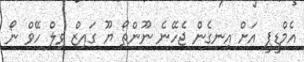
އެމްޑީޕީ އަށް އިނގެން ޖެހޭނެ ނޫންތޯ ޔޫ ގައިޒް ވިލް ހޭވް ނޯ